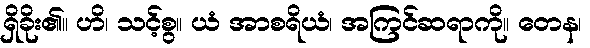
ရှိခိုး၏။ ဟိ၊ သင့်စွ။ ယံ အာစရိယံ၊ အကြင်ဆရာကို။ တေန၊